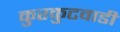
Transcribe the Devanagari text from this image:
कुरकुटवाडी